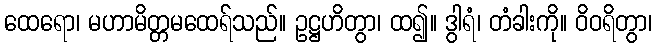
ထေရော၊ မဟာမိတ္တမထေရ်သည်။ ဥဋ္ဌဟိတွာ၊ ထ၍။ ဒွါရံ၊ တံခါးကို။ ဝိဝရိတွာ၊